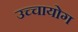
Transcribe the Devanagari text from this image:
उच्‍चायोग